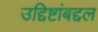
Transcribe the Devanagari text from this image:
उद्दिष्टांबद्दल